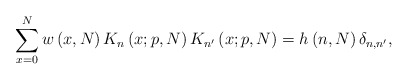
\begin{align*}\sum_{x = 0}^N {w\left( {x,N} \right)K_n \left( {x;p,N} \right)K_{n'} \left( {x;p,N} \right)} = h\left( {n,N} \right)\delta _{n,n'} ,\end{align*}